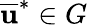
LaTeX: \overline{{\mathbf{u}}}^{*}\in G